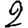
Digit: 2